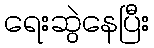
ရေးဆွဲနေပြီး